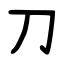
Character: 刀